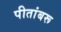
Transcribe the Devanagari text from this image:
पीतांबरू